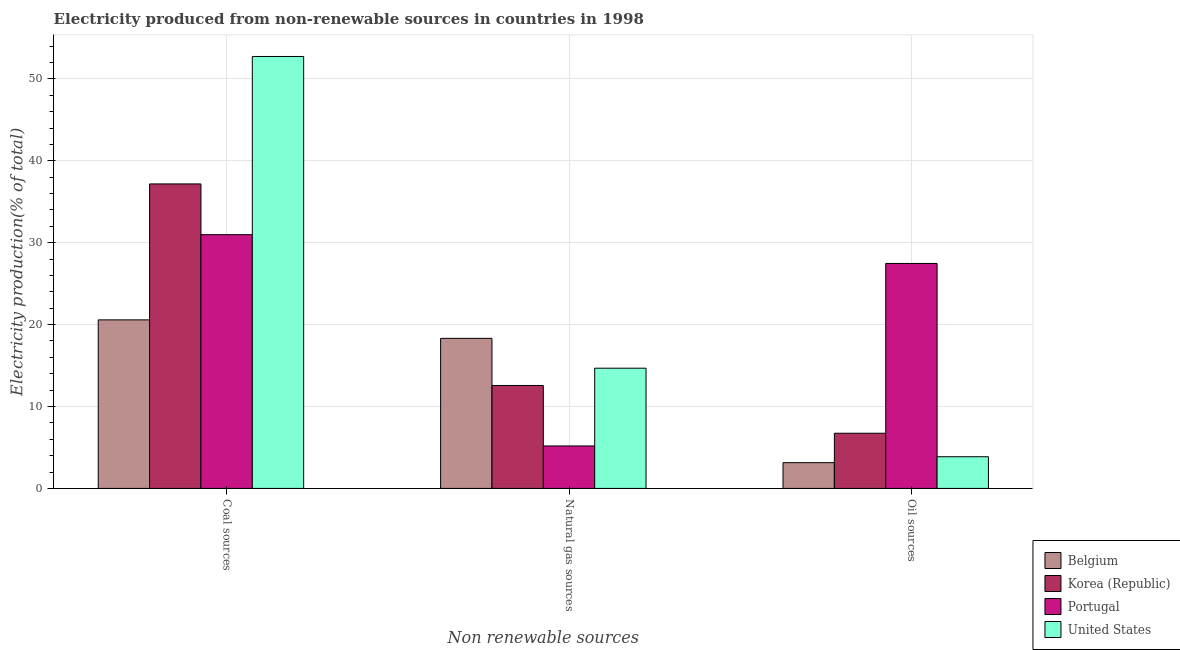
| Non renewable sources | Belgium | Korea (Republic) | Portugal | United States |
 | --- | --- | --- | --- | --- |
 | Coal sources | 20.6 | 37.2 | 31 | 52.7 |
 | Natural gas sources | 18.3 | 12.6 | 5.19 | 14.7 |
 | Oil sources | 3.14 | 6.74 | 27.5 | 3.87 |